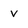
Character: v